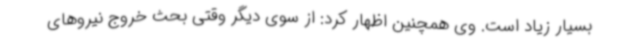
بسیار زیاد است. وی همچنین اظهار کرد: از سوی دیگر وقتی بحث خروج نیروهای